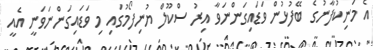
އެ މަނިކުފާނުގެ ބޭފުޅުން ވަޑައިގަންނަވާ އިރު ސްކޫލް ޔުނިފޯމުގައި މި ވަޑައިގަންނަވަނީ އެއީ